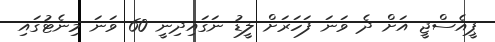
ޕީއެސްޖީ އަށް ދެ ވަނަ ފަހަރަށް ލީޑު ނަގައިދިނީ 60 ވަނަ މިނެޓުގައި